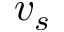
v _ { s }